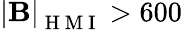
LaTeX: \mathbf{\left|B\right|}_{\mathrm{~H~M~I~}}>600